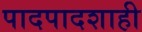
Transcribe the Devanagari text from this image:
पादपादशाही